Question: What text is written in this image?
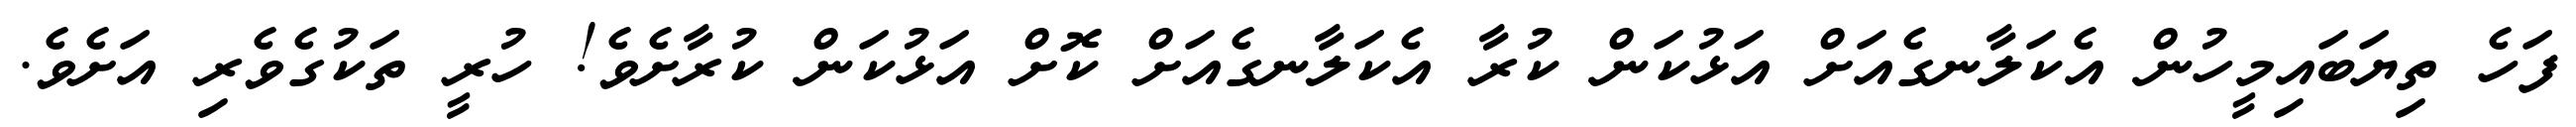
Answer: ފަހެ ތިޔަބައިމީހުން އެކަލާނގެއަށް އަޅުކަން ކުރާ އެކަލާނގެއަށް ކޮށް އަޅުކަން ކުރާށެވެ! ހުރީ ތަކުގެވެރި އަށެވެ.